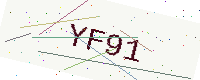
Text: YF91